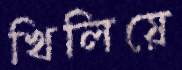
খিলিয়ে